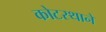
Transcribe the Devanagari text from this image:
कोटस्थाने